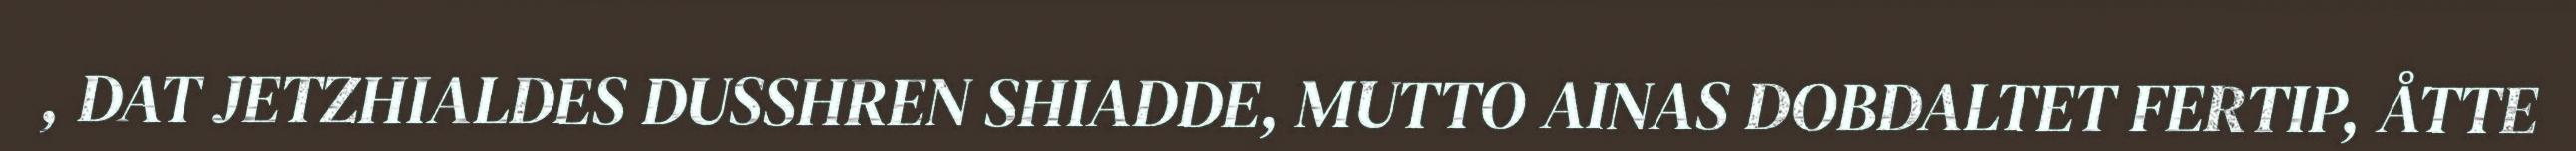
, DAT JETZHIALDES DUSSHREN SHIADDE, MUTTO AINAS DOBDALTET FERTIP, ÅTTE